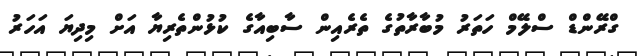
ގްރޭންޑް ސްލޭމް ހަތަރު މުބާރާތުގެ ތެރެއިން ސާބިއާގެ ކުޅުންތެރިޔާ އަށް މިދިޔަ އަހަރު